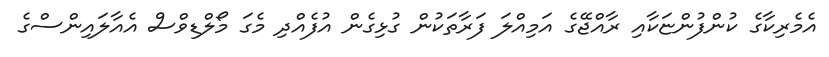
އެމެރިކާގެ ކުންފުންޏަކާއި ރާއްޖޭގެ އަމިއްލަ ފަރާތަކުން ގުޅިގެން އުފެއްދި މެގަ މޯލްޑިވްސް އެއާލައިންސްގެ